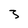
Character: 3